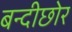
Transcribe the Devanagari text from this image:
बन्दीछोर